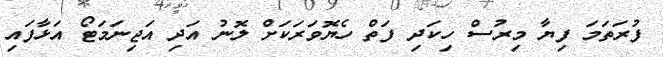
ފުރަތަމަ ފިޔާ މިރުސް ހިކަދި ފަތް ހެޔޮވަރަކަށް ލޮނު އަދި އަޖިނަމަޓޯ އަޅާފައި